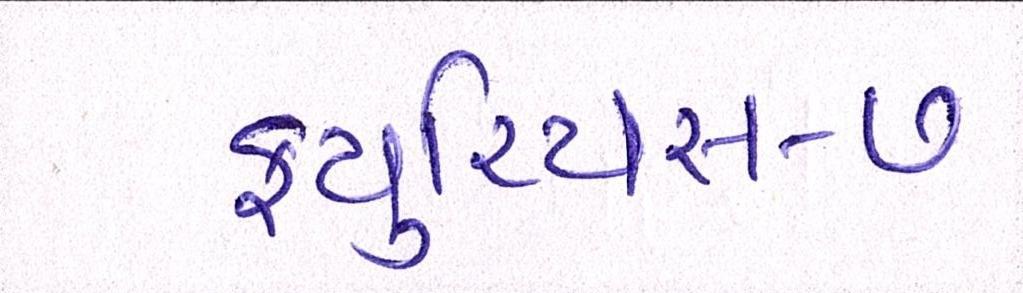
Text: ફ્યુરિયસ-૭